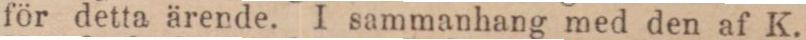
för detta ärende. I sammanhang med den af K.